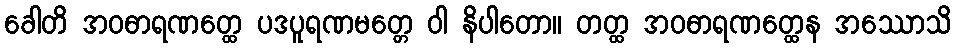
ခေါတိ အဝဓာရဏတ္ထေ ပဒပူရဏမတ္တေ ဝါ နိပါတော။ တတ္ထ အဝဓာရဏတ္ထေန အဿောသိ